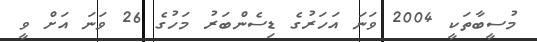
މުސީބާތަކީ 2004 ވަނަ އަހަރުގެ ޑިސެންބަރު މަހުގެ 26 ވަނަ އަށް ވީ